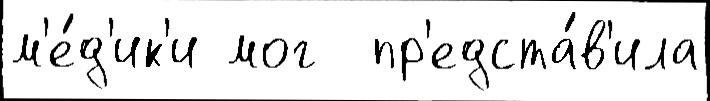
м'е́д'ик'и мог  пр'едста́в'ила